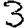
Digit: 3